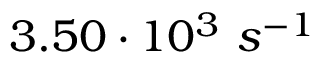
3 . 5 0 \cdot 1 0 ^ { 3 } \ s ^ { - 1 }